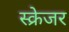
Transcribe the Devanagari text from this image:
स्क्रेजर